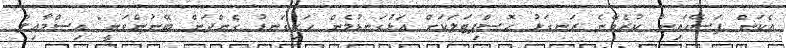
އެކަން ފަސޭހައިން ކުރެވޭނެ ރަނގަޅު ހޮސްޕިޓަލަކަށް އަޅުގަނޑުމެން ހަށިގަނޑު ގެންދަން ބޭނުންވަނީ" އިސްމާއިލް